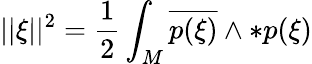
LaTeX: ||\xi||^{2}={\frac{1}{2}}\int_{M}\overline{{{p(\xi)}}}\wedge*p(\xi)